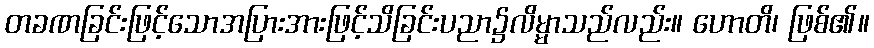
တခဏခြင်းဖြင့်သောအပြားအားဖြင့်သိခြင်းပညာ၌လိမ္မာသည်လည်း။ ဟောတိ၊ ဖြစ်၏။